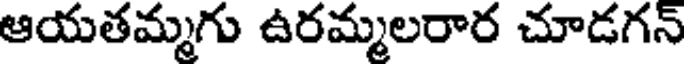
ఆయతమ్మగు ఉరమ్మలరార చూడగన్